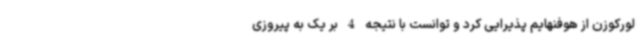
لورکوزن از هوفنهایم پذیرایی کرد و توانست با نتیجه 4 بر یک به پیروزی